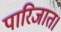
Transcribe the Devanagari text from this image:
पारिजात।